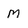
Character: M